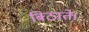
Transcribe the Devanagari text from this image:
बिठाते।